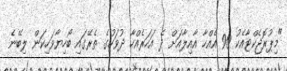
"މިޕުރޮޖެކްޓާއެކު 90 އެއްހާ އާއިލާއަށް ދެ އަހަރެއްހާ ދުވަހުގެ ތެރޭގައި ބޯހިޔާވަހިކަން ލިބޭނެ